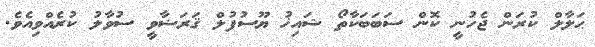
ޙަލާލް ކުރަން ޖެހުނީ ކޮން ސަބަބަކާތޯ ޝައިޚު ޔޫސުފުލް ޤަރަޟާވީ ސުވާލު ކުރެއްވިއެވެ.